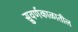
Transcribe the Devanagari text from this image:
सुवर्णकाळातील